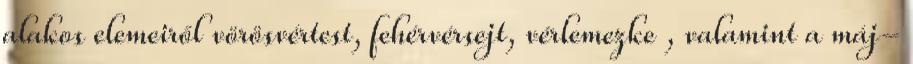
alakos elemeiről vörösvértest, fehérvérsejt, vérlemezke , valamint a máj-